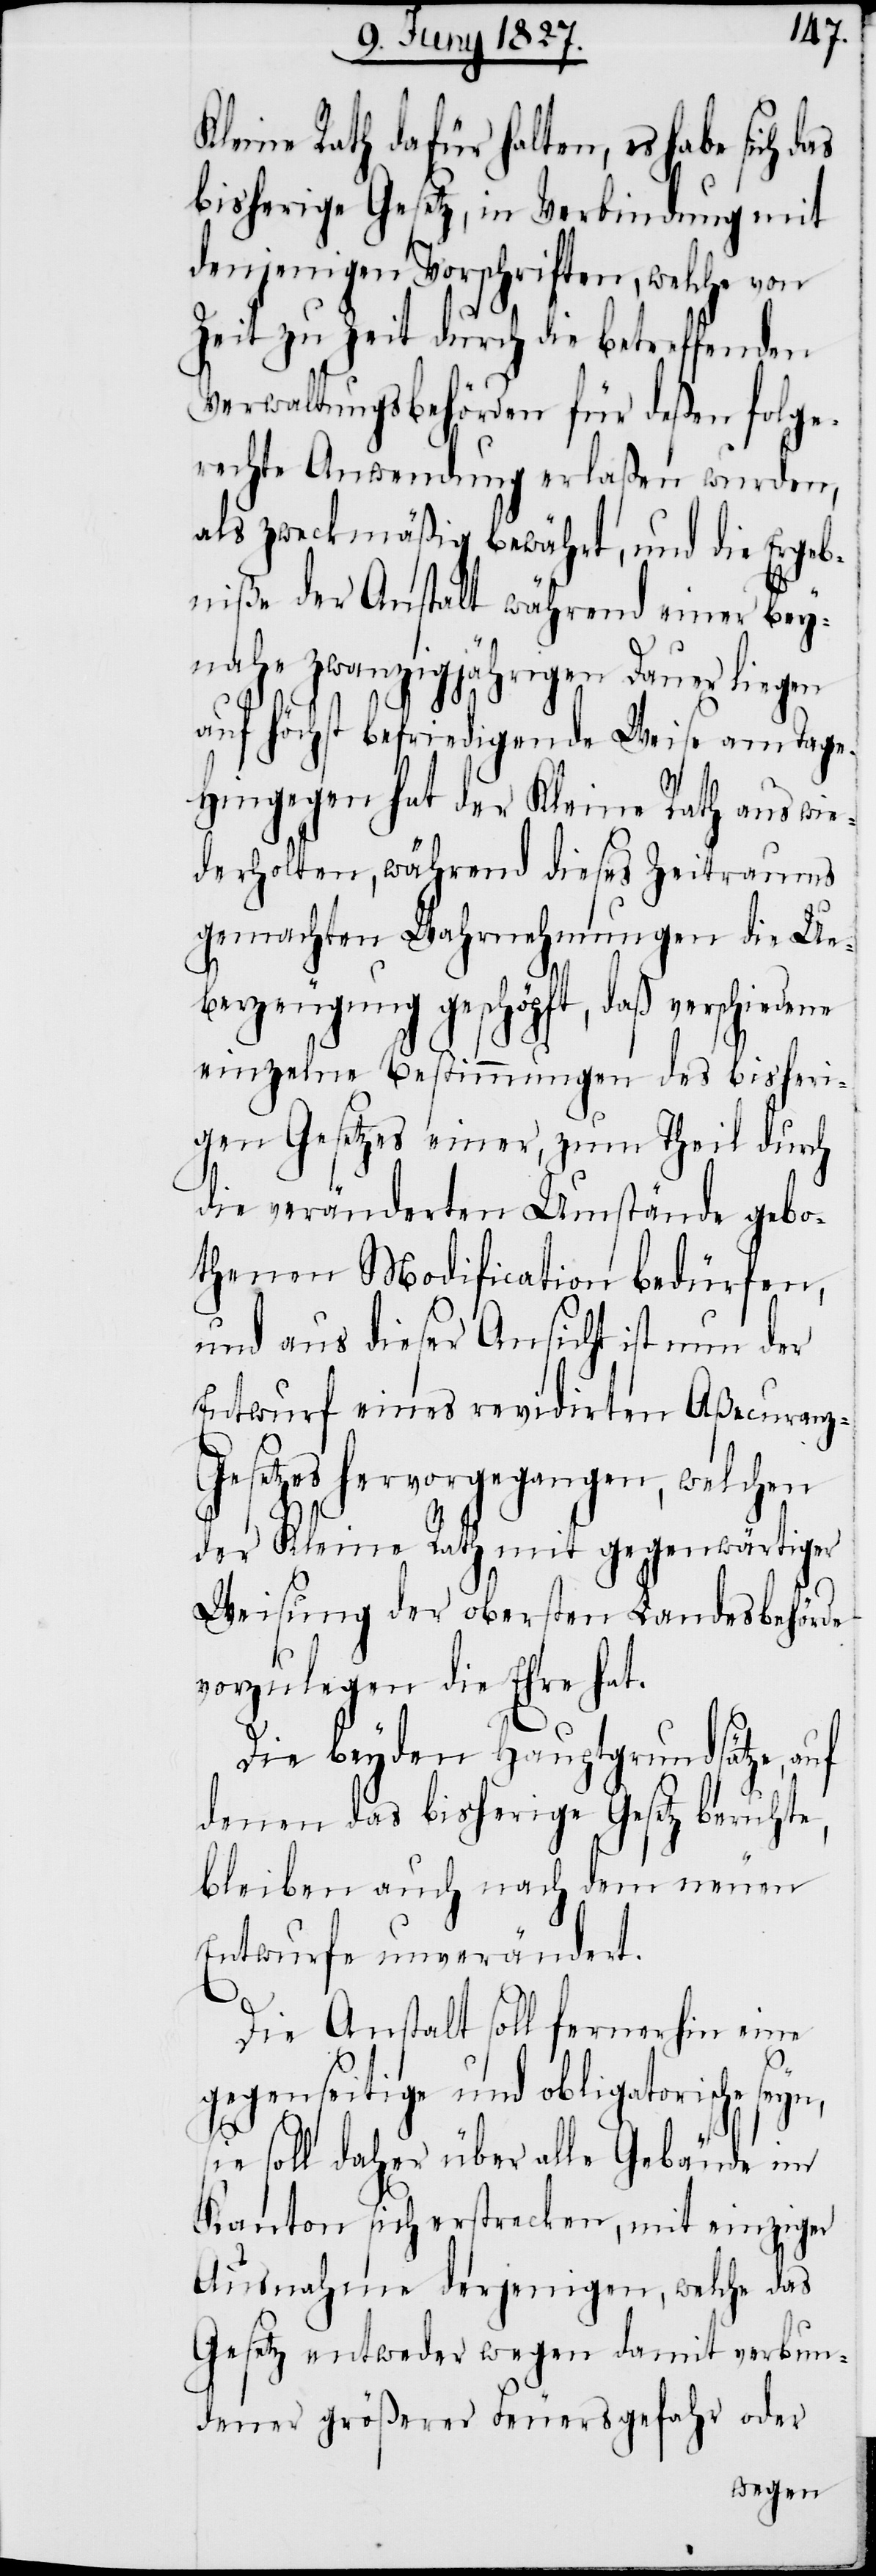
Kleine Rath dafür halten, es habe sich das
bisherige Gesetz, in Verbindung mit
denjenigen Vorschriften, welche von
Zeit zu Zeit durch die betreffenden
Verwaltungsbehörden für deßen folge¬
rechte Anwendung erlaßen wurden,
als zweckmäßig bewährt, und die Ergeb¬
niße der Anstalt während einer bey¬
nahe zwanzigjährigen Dauer liegen
auf höchst befriedigende Weise am Tage.
Hingegen hat der Kleine Rath aus wie¬
derholten, während dieses Zeitraums
gemachten Wahrnehmungen die Ue¬
berzeugung geschöpft, daß verschiede¬
ne einzelne Bestimmungen des bisheri¬
gen Gesetzes einer, zum Theil durch
die veränderten Umstände gebo¬
thenen Modification bedürfen,
und aus dieser Ansicht ist nun der
Entwurf eines revidirten Aßecuranz-G¬
esetzes hervorgegangen, welchen
der Kleine Rath mit gegenwärtiger
Weisung der obersten Landesbehörde
vorzulegen die Ehre hat.
Die beyden Hauptgrundsätze,
denen das bisherige Gesetz beruhte,
bleiben auch nach dem neuen
Entwurfe unverändert.
Die Anstalt soll fernerhin eine
gegenseitige und obligatorische
sie soll daher über alle Gebäude im
Kanton sich erstrecken, mit einziger
Ausnahme derjenigen, welche das
Gesetz entweder wegen damit verbun¬
dener größerer Feuersgefahr oder